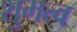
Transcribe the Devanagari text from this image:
शुमत्व